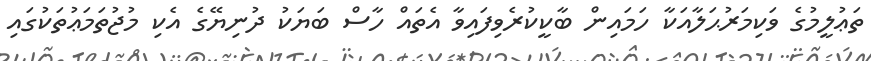
ތަޢުލީމުގެ ވަކިމަރުޙަލާއަކާ ހަމައިން ބާކީކުރެވިފައިވާ އެތައް ހާސް ބަޔަކު ދުނިޔޭގެ އެކި މުޖުތަމަޢުތަކުގައި